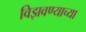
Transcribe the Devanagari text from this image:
विझवण्याच्या